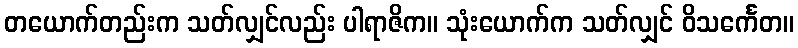
တယောက်တည်းက သတ်လျှင်လည်း ပါရာဇိက။ သုံးယောက်က သတ်လျှင် ဝိသင်္ကေတ။